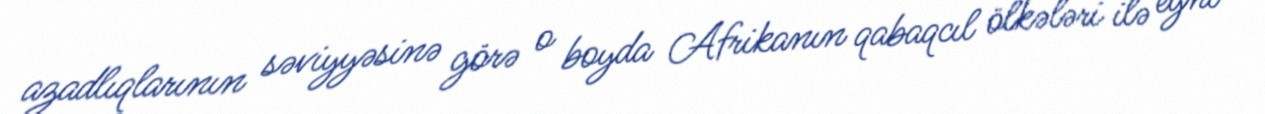
azadlıqlarının səviyyəsinə görə o boyda Afrikanın qabaqcıl ölkələri ilə eyni